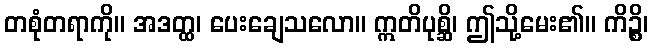
တစုံတရာကို။ အဒတ္ထ၊ ပေးချေသလော။ ဣတိပုစ္ဆိ၊ ဤသို့မေး၏။ ကိဉ္စိ၊